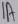
Text: 1A